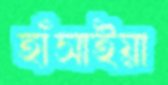
হাঁসাইয়া